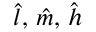
\boldsymbol { \hat { l } } , \, \boldsymbol { \hat { m } } , \, \boldsymbol { \hat { h } }